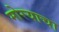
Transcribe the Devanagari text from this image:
मोरयाचा